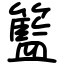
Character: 籃